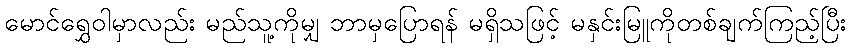
မောင်ရွှေဝါမှာလည်း မည်သူ့ကိုမျှ ဘာမှပြောရန် မရှိသဖြင့် မနှင်းမြူကိုတစ်ချက်ကြည့်ပြီး